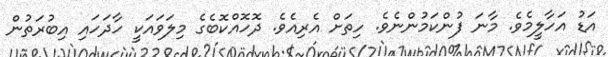
އަޑު އަހާލީމެވެ. މާނަ ފުންކަމުންނެވެ. ހިތަށް އެެރިއެވެ. ދޮހޮއްކޮބެގެ މިލަވައަކީ ހާދަހައި އިބުރަތުން